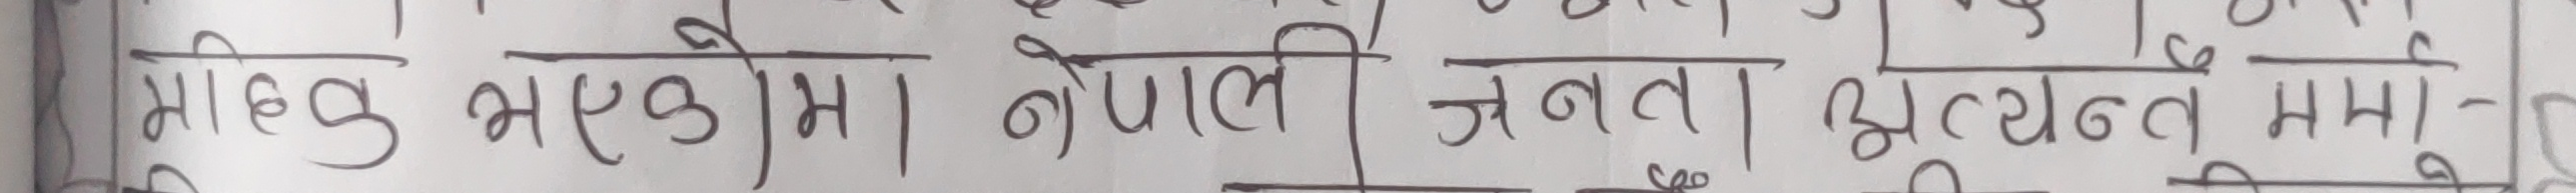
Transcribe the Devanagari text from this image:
मन्जु भएकम | नेपाली जनता | अत्यन्त मर्म